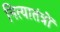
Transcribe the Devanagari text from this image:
नित्यातंत्रों